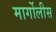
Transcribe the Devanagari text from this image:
मार्गोलीस